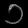
Digit: ၁